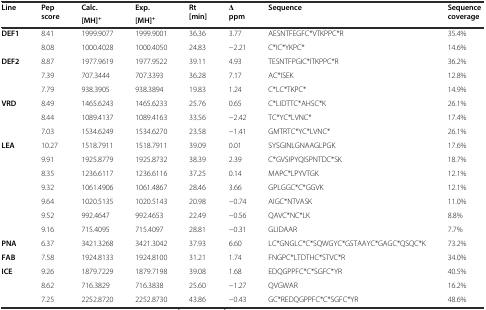
<table><thead><tr><td rowspan="2"><b>Line</b></td><td rowspan="2"><b>Pep score</b></td><td><b>Calc.</b></td><td><b>Exp.</b></td><td rowspan="2"><b>Rt [min]</b></td><td rowspan="2"><b>Δ ppm</b></td><td rowspan="2"><b>Sequence</b></td><td rowspan="2"><b>Sequence coverage</b></td></tr><tr><td><b>[MH]<sup>+</sup></b></td><td><b>[MH]<sup>+</sup></b></td></tr></thead><tbody><tr><td><b>DEF1</b></td><td>8.41</td><td>1999.9077</td><td>1999.9001</td><td>36.36</td><td>3.77</td><td>AESNTFEGFC*VTKPPC*R</td><td>35.4%</td></tr><tr><td></td><td>8.08</td><td>1000.4028</td><td>1000.4050</td><td>24.83</td><td>−2.21</td><td>C*IC*YKPC*</td><td>14.6%</td></tr><tr><td><b>DEF2</b></td><td>8.87</td><td>1977.9619</td><td>1977.9522</td><td>39.11</td><td>4.93</td><td>TESNTFPGIC*ITKPPC*R</td><td>36.2%</td></tr><tr><td></td><td>7.39</td><td>707.3444</td><td>707.3393</td><td>36.28</td><td>7.17</td><td>AC*ISEK</td><td>12.8%</td></tr><tr><td></td><td>7.79</td><td>938.3905</td><td>938.3894</td><td>19.83</td><td>1.24</td><td>C*LC*TKPC*</td><td>14.9%</td></tr><tr><td><b>VRD</b></td><td>8.49</td><td>1465.6243</td><td>1465.6233</td><td>25.76</td><td>0.65</td><td>C*LIDTTC*AHSC*K</td><td>26.1%</td></tr><tr><td></td><td>8.44</td><td>1089.4137</td><td>1089.4163</td><td>33.56</td><td>−2.42</td><td>TC*YC*LVNC*</td><td>17.4%</td></tr><tr><td></td><td>7.03</td><td>1534.6249</td><td>1534.6270</td><td>23.58</td><td>−1.41</td><td>GMTRTC*YC*LVNC*</td><td>26.1%</td></tr><tr><td><b>LEA</b></td><td>10.27</td><td>1518.7911</td><td>1518.7911</td><td>39.09</td><td>0.01</td><td>SYSGINLGNAAGLPGK</td><td>17.6%</td></tr><tr><td></td><td>9.91</td><td>1925.8779</td><td>1925.8732</td><td>38.39</td><td>2.39</td><td>C*GVSIPYQISPNTDC*SK</td><td>18.7%</td></tr><tr><td></td><td>8.35</td><td>1236.6117</td><td>1236.6116</td><td>37.25</td><td>0.14</td><td>MAPC*LPYVTGK</td><td>12.1%</td></tr><tr><td></td><td>9.32</td><td>1061.4906</td><td>1061.4867</td><td>28.46</td><td>3.66</td><td>GPLGGC*C*GGVK</td><td>12.1%</td></tr><tr><td></td><td>9.64</td><td>1020.5135</td><td>1020.5143</td><td>20.98</td><td>−0.74</td><td>AIGC*NTVASK</td><td>11.0%</td></tr><tr><td></td><td>9.52</td><td>992.4647</td><td>992.4653</td><td>22.49</td><td>−0.56</td><td>QAVC*NC*LK</td><td>8.8%</td></tr><tr><td></td><td>9.16</td><td>715.4095</td><td>715.4097</td><td>28.81</td><td>−0.31</td><td>GLIDAAR</td><td>7.7%</td></tr><tr><td><b>PNA</b></td><td>6.37</td><td>3421.3268</td><td>3421.3042</td><td>37.93</td><td>6.60</td><td>LC*GNGLC*C*SQWGYC*GSTAAYC*GAGC*QSQC*K</td><td>73.2%</td></tr><tr><td><b>FAB</b></td><td>7.58</td><td>1924.8133</td><td>1924.8100</td><td>31.21</td><td>1.74</td><td>FNGPC*LTDTHC*STVC*R</td><td>34.0%</td></tr><tr><td><b>ICE</b></td><td>9.26</td><td>1879.7229</td><td>1879.7198</td><td>39.08</td><td>1.68</td><td>EDQGPPFC*C*SGFC*YR</td><td>40.5%</td></tr><tr><td></td><td>8.62</td><td>716.3829</td><td>716.3838</td><td>25.60</td><td>−1.27</td><td>QVGWAR</td><td>16.2%</td></tr><tr><td></td><td>7.25</td><td>2252.8720</td><td>2252.8730</td><td>43.86</td><td>−0.43</td><td>GC*REDQGPPFC*C*SGFC*YR</td><td>48.6%</td></tr></tbody></table>